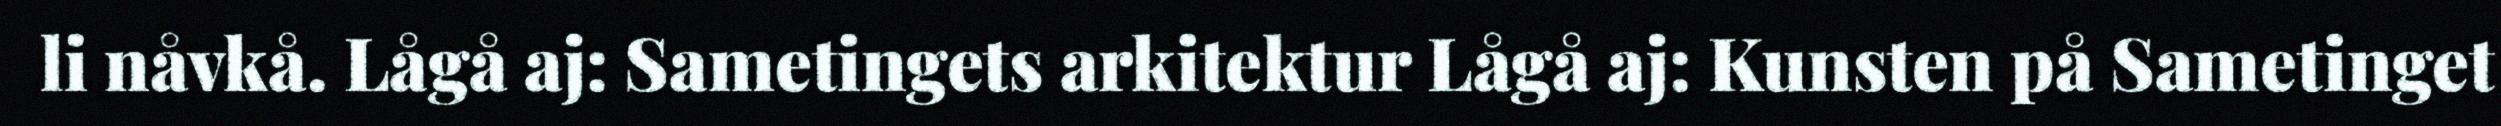
li nåvkå. Lågå aj: Sametingets arkitektur Lågå aj: Kunsten på Sametinget